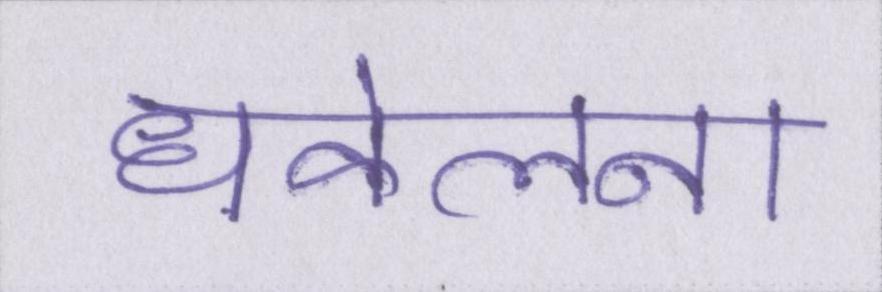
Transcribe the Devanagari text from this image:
धकेलना